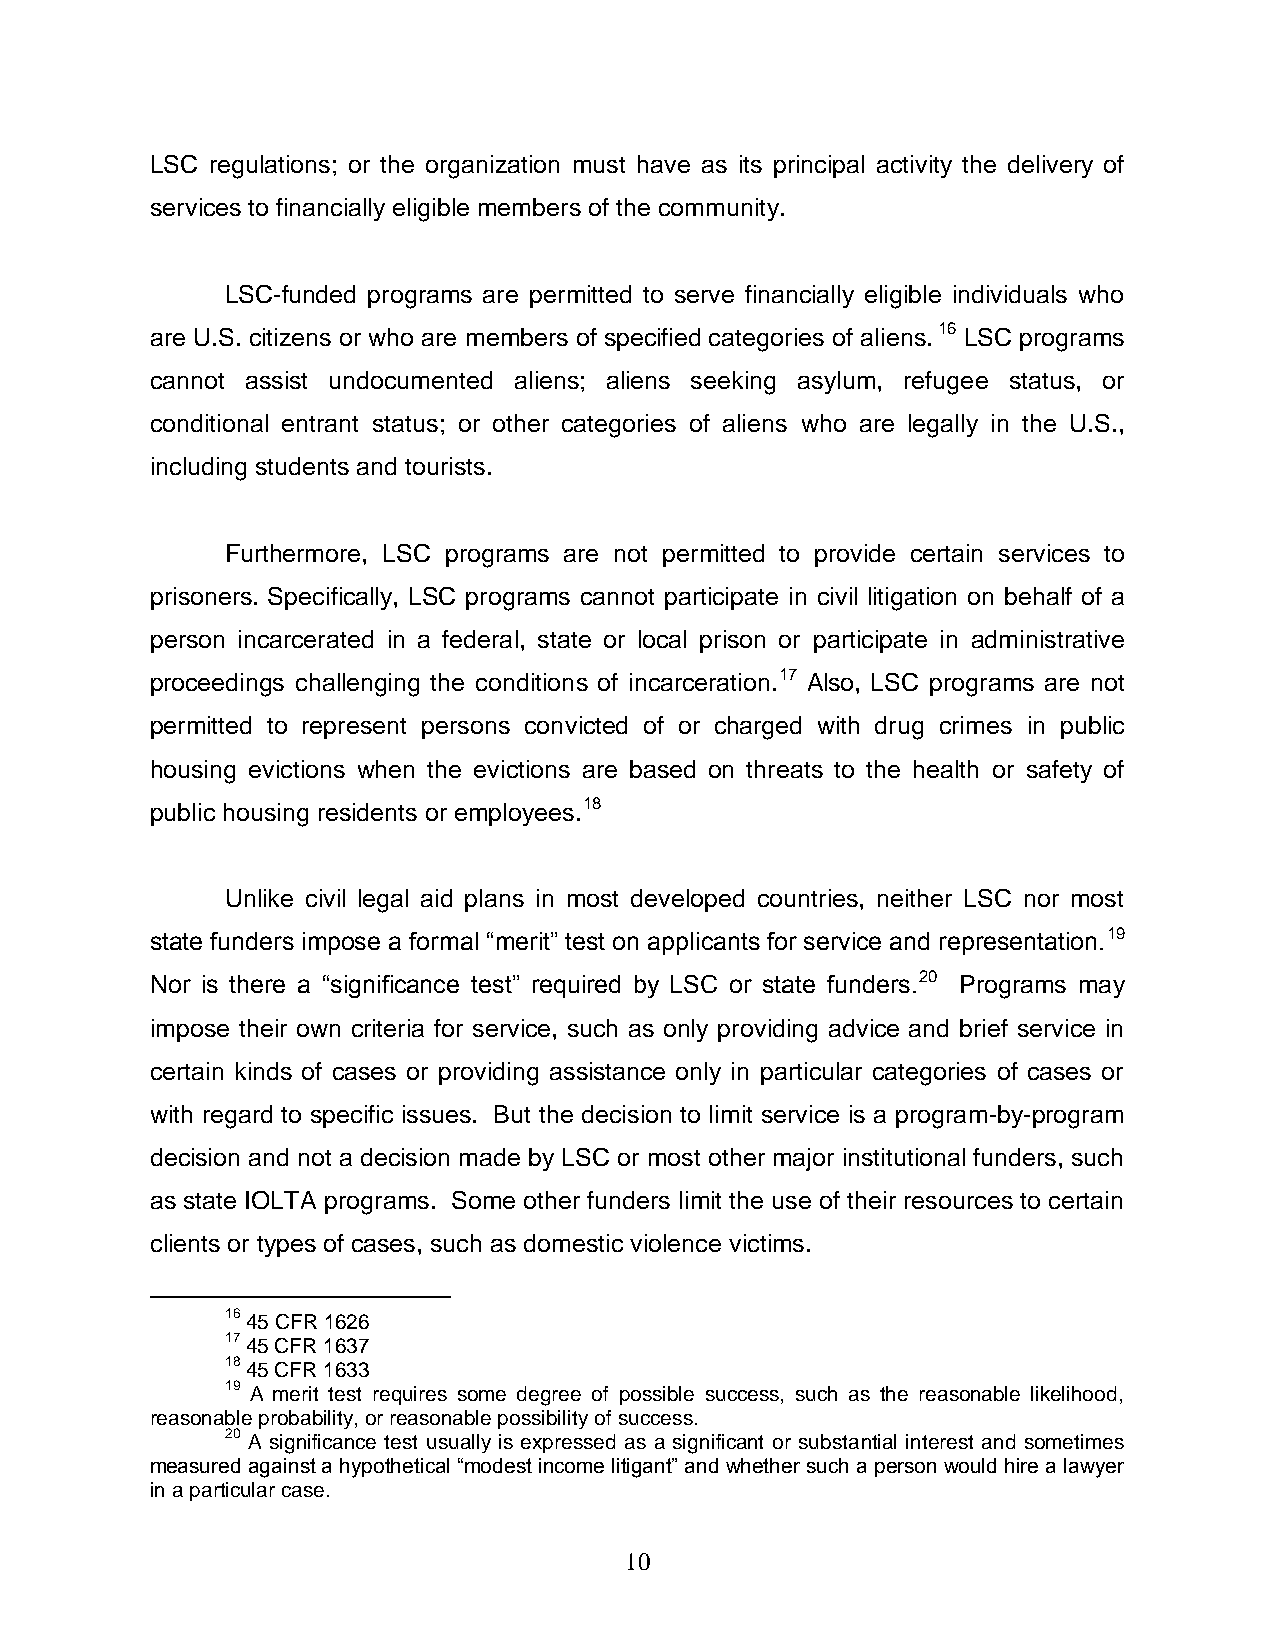
LSC regulations; or the organization must have as its principal activity the delivery of
 services to financially eligible members of the community.
 LSC-funded programs are permitted to serve financially eligible individuals who
 are U.S. citizens or who are members of specified categories of aliens. 16 LSC programs
 cannot assist undocumented aliens; aliens seeking asylum, refugee status, or
 conditional entrant status; or other categories of aliens who are legally in the U.S.,
 including students and tourists.
 Furthermore, LSC programs are not permitted to provide certain services to
 prisoners. Specifically, LSC programs cannot participate in civil litigation on behalf of a
 person incarcerated in a federal, state or local prison or participate in administrative
 proceedings challenging the conditions of incarceration.17 Also, LSC programs are not
 permitted to represent persons convicted of or charged with drug crimes in public
 housing evictions when the evictions are based on threats to the health or safety of
 public housing residents or employees.18
 Unlike civil legal aid plans in most developed countries, neither LSC nor most
 state funders impose a formal ―merit‖ test on applicants for service and representation.19
 Nor is there a ―significance test‖ required by LSC or state funders.20 Programs may
 impose their own criteria for service, such as only providing advice and brief service in
 certain kinds of cases or providing assistance only in particular categories of cases or
 with regard to specific issues. But the decision to limit service is a program-by-program
 decision and not a decision made by LSC or most other major institutional funders, such
 as state IOLTA programs. Some other funders limit the use of their resources to certain
 clients or types of cases, such as domestic violence victims.
 16 45 CFR 1626
 17 45 CFR 1637
 18 45 CFR 1633
 19 A merit test requires some degree of possible success, such as the reasonable likelihood,
 reasonable probability, or reasonable possibility of success.
 20 A significance test usually is expressed as a significant or substantial interest and sometimes
 measured against a hypothetical ―modest income litigant‖ and whether such a person would hire a lawyer
 in a particular case.
 10